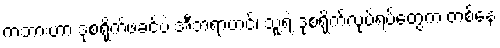
ကဘားဟာ ဒုစရိုက်ဖခင်ပဲ အီဘရာဟင်၊ သူ့ရဲ့ ဒုစရိုက်လုပ်ရပ်တွေက တစ်နေ့